Lunatic asylums Punjab 1868-1880 - 1868-1880
Year: 1868
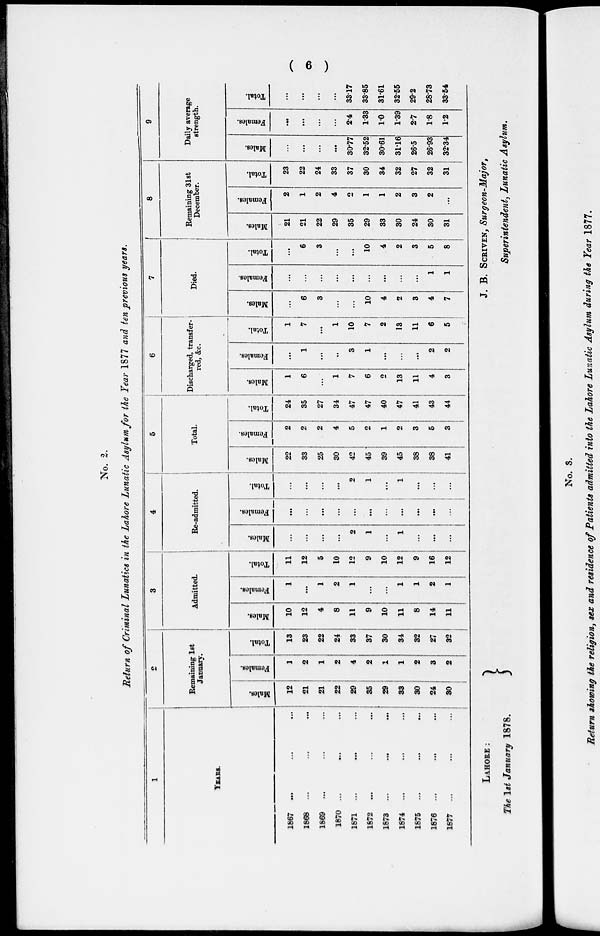
( 6 )
No. 2.
Return of Criminal Lunatics in the Lahore Lunatic Asylum for the Year 1877 and ten previous years.
1
YEARS.
1867 ... ... ...
1868 ... ... ...
1869 ... ... ...
1870 ... ... ...
1871 ... ... ...
1872
...
...
...
1873 ... ... ...
1874 ... ... ...
1875
...
...
...
1876 ... ... ...
1877
...
...
...
2
Remaining 1st
January.
Males.
12
21
21
22
29
35
29
33
30
24
30
Females.
1
2
1
2
4
2
1
1
2
3
2
Total.
13
23
22
24
33
37
30
34
32
27
32
3
Admitted.
Males.
10
12
4
8
11
9
10
11
8
14
11
Females.
1
...
1
2
1
...
...
1
1
2
1
Total.
11
12
5
10
12
9
10
12
9
16
12
4
Re-admitted.
Males.
...
...
...
...
2
1
...
1
...
...
...
Females.
...
...
...
...
...
...
...
...
...
...
...
Total.
...
...
...
...
2
1
...
1
...
...
...
5
Total.
Males.
...
33
25
30
42
45
39
45
38
38
41
Females.
2
2
2
4
5
2
1
2
3
5
3
Total.
24
35
27
34
47
47
40
47
41
43
44
6
Discharged, transfer-
red, &c
Males.
1
6
...
1
7
6
2
13
11
4
3
Females.
...
1
...
...
3
1
...
...
...
2
2
Total.
1
7
...
1
10
7
2
13
11
6
5
7
Died.
Males.
...
6
3
...
...
10
4
2
3
4
7
Females.
...
...
...
...
...
...
...
...
...
1
1
Total.
...
6
3
...
...
10
4
2
3
5
8
8
Remaining 31st
December.
Males.
21
21
22
29
35
29
33
30
24
30
31
Females.
2
1
2
4
2
1
1
2
3
2
...
Total.
23
22
24
33
37
30
34
32
27
32
31
9
Daily average
strength.
Males.
...
...
...
...
30.77
32.52
30.61
3116
26.5
26.93
32.34
Females.
...
...
...
...
2.4
1.33
10
1.39
2.7
1.8
1.2
Total.
...
...
...
...
3317
33.85
31.61
32.55
29.2
28.73
33.54
LAHORE :
The 1st January 1878.
J. B. SCRIVEN, Surgeon-Major,
Superintendent, Lunatic Asylum.